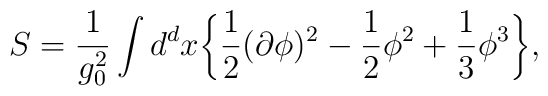
S=\frac{1}{g_0^2}\int d^d x\bigg\{\frac{1}{2}(\partial\phi)^2-\frac{1}{2}\phi^2+\frac{1}{3}\phi^3\bigg\},